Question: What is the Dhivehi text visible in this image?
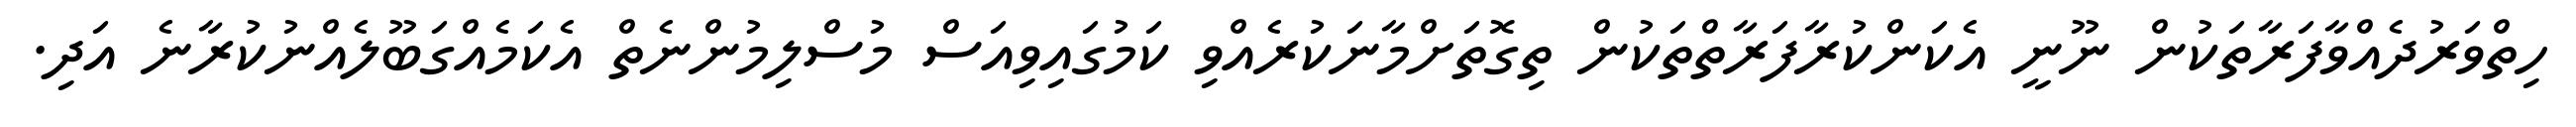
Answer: ހިތްވަރުދެއްވާފަރާތަކުން ނޫނީ އެކަންކުރާފަރާތްތަކުން ތިގޮތަށްމާނަކުރެއްވި ކަމުގައިވިއަސް މުސްލިމުންނެތް އެކަމެއްގަބޫލެއްނުކުރާނެ އަދި.